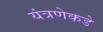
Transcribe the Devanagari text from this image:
यंत्रणेकडे